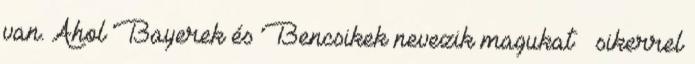
van. Ahol Bayerek és Bencsikek nevezik magukat – sikerrel